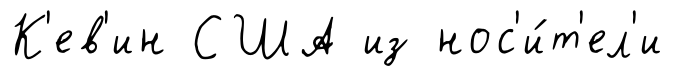
К'ев'ин США из нос'и́т'ел'и